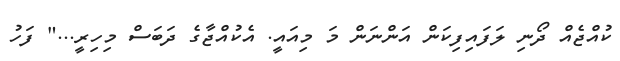
ކުއްޖެއް ދޯނި ލަފައިފިކަން އަންނަން މަ މިއައީ. އެކުއްޖާގެ ދަބަސް މިހިރީ..." ފަހު